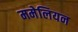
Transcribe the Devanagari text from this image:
ममेलियन